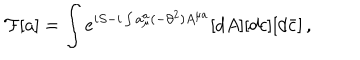
LaTeX: { \cal F } [ a ] = \int e ^ { i S - i \int a _ { \mu } ^ { a } ( - \partial ^ { 2 } ) A ^ { \mu a } } [ d A ] [ d c ] [ d \bar { c } ] \, ,